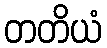
တတိယံ